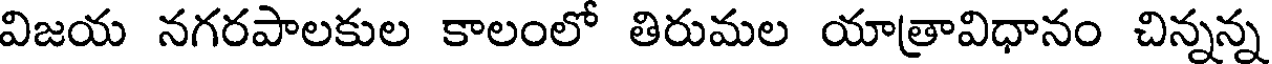
విజయ నగరపాలకుల కాలంలో తిరుమల యాత్రావిధానం చిన్నన్న